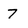
Character: 7